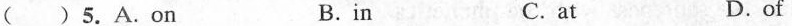
( )5.A.On B.in C.at D.of